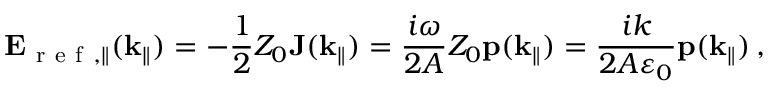
\mathbf { E } _ { \mathrm { ~ r ~ e ~ f ~ } , \| } ( \mathbf { k } _ { \| } ) = - \frac { 1 } { 2 } Z _ { 0 } \mathbf { J } ( \mathbf { k } _ { \| } ) = \frac { i \omega } { 2 A } Z _ { 0 } \mathbf { p } ( \mathbf { k } _ { \| } ) = \frac { i k } { 2 A \varepsilon _ { 0 } } \mathbf { p } ( \mathbf { k } _ { \| } ) \, ,